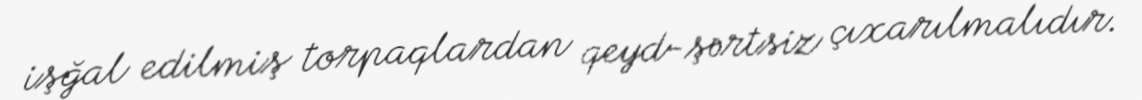
işğal edilmiş torpaqlardan qeyd-şərtsiz çıxarılmalıdır.